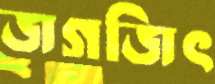
জগজিৎ